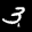
Label: 3